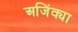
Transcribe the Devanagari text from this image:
अजिंक्या